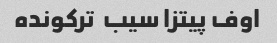
اوف پیتزا سیب  ترکونده